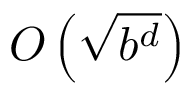
O \left( { \sqrt { b ^ { d } } } \right)